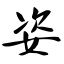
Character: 姿